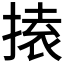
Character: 𭡟